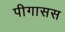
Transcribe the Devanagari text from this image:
पीगासस